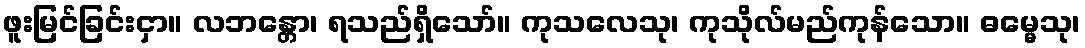
ဖူးမြင်ခြင်းငှာ။ လဘန္တော၊ ရသည်ရှိသော်။ ကုသလေသု၊ ကုသိုလ်မည်ကုန်သော။ ဓမ္မေသု၊